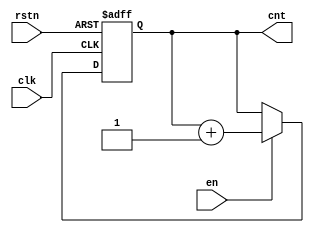
module en_cnt (
input wire clk,
input wire rstn,
input wire en,
output reg [31:0] cnt
);

always @ (posedge clk or negedge rstn)
begin
	if(!rstn)
	begin
		cnt <= 0;
	end
	else
	begin 
		if(en)
		begin
			cnt <= cnt + 1;
		end
	end
end

endmodule